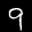
Label: 9